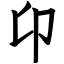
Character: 卬